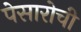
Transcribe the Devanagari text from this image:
पेसारोची